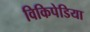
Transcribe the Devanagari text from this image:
विकिपेडिया